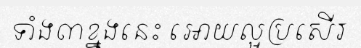
ទាំង៣ខ្នងនេះ អោយល្អប្រសើរ